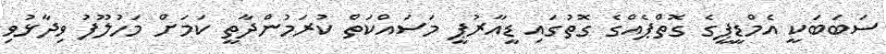
ސަބަބަކީ އެމްޑީޕީގެ ގޮތްޕެއްގެ ގޮތުގައި ޑީއާރުޕީ މަސައްކަތް ކުރަމުންދާތީ ކަމަށް މަހުލޫފު ވިދާޅުވި